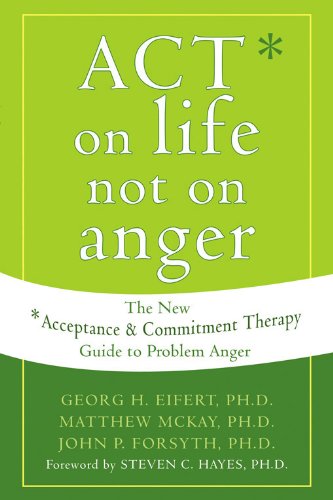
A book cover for ACT on Life Not on Anger: The New Acceptance and Commitment Therapy Guide to Problem Anger; Georg H. Eifert; Self-Help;